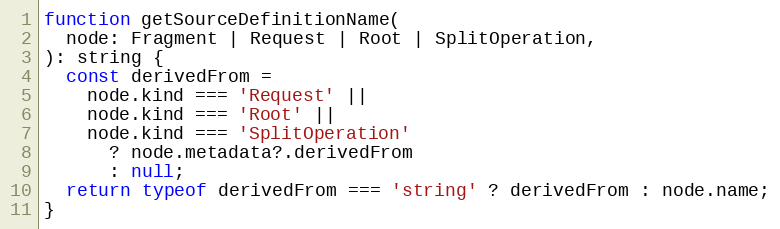
Language: JavaScript
function getSourceDefinitionName(
  node: Fragment | Request | Root | SplitOperation,
): string {
  const derivedFrom =
    node.kind === 'Request' ||
    node.kind === 'Root' ||
    node.kind === 'SplitOperation'
      ? node.metadata?.derivedFrom
      : null;
  return typeof derivedFrom === 'string' ? derivedFrom : node.name;
}